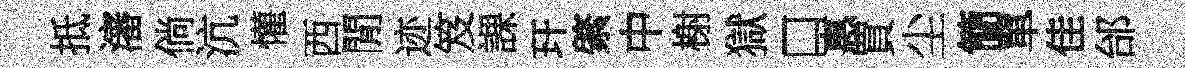
抵瀋倘沆懽西閒迹笈課玕綮中榭獄口惠買尘簡單佳邰